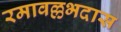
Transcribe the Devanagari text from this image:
रमावल्लभदास